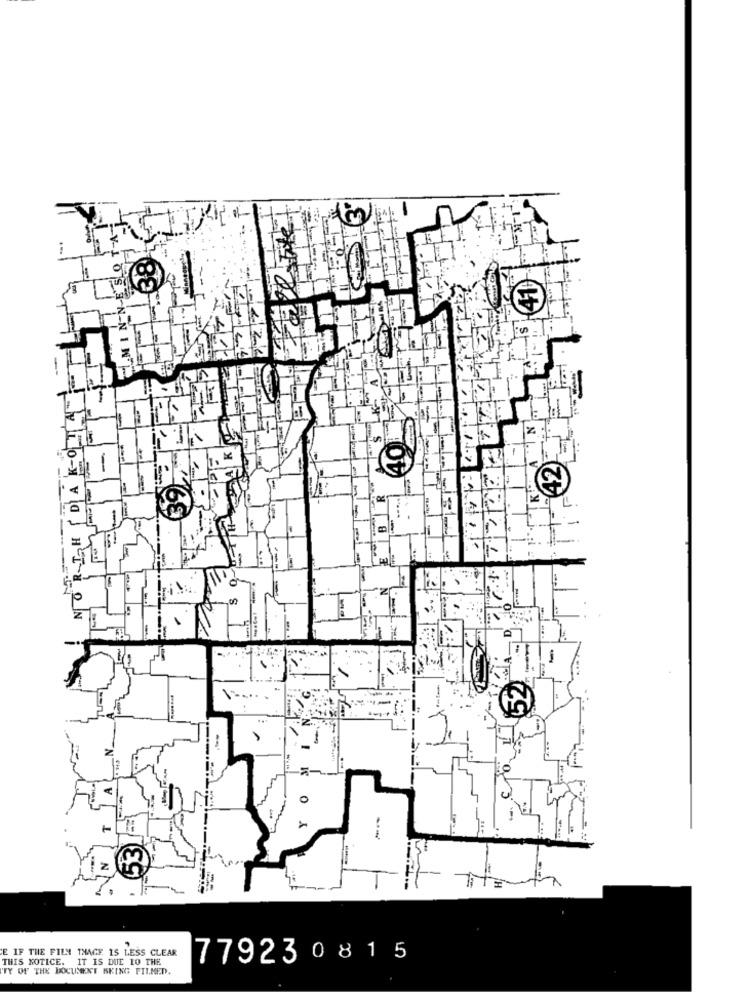
:4
0
10
0
E IF THE FILNA THAGE IS LESS CLEAR
THIS NOTICE. IT IS DUE 10 THE
779230815
"TY OF THE DOCUMENT BRING FILMED.